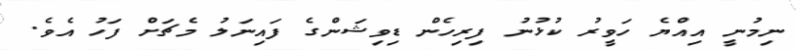
ނިމުނީ އިއްޔެ ހަވީރު ކުޅުނު ފިރިހެން ޑިވިޝަންގެ ފައިނަލު މެޗަށް ފަހު އެވެ.